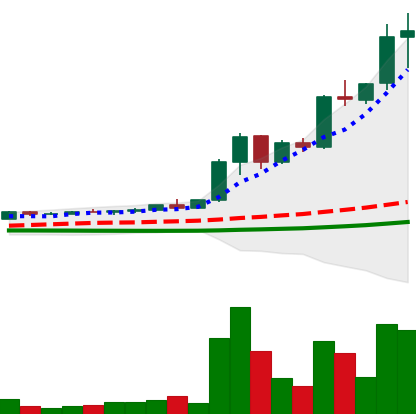
Ticker: XRP-USD
Chart end date: 2021-04-14
Forward return: -28.5%
Label: down_7plus